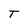
Character: T